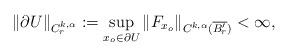
LaTeX: \begin{align*}\|\partial U\|_{C^{k,\alpha}_r} := \sup_{x_o\in \partial U} \|F_{x_o}\|_{C^{k,\alpha}(\overline{B_{r}'})} <\infty,\end{align*}